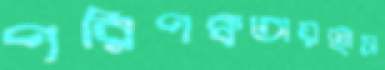
পরিপক্বতায়হাস